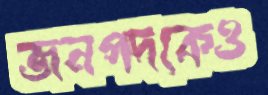
জনপদকেও